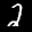
Label: 2